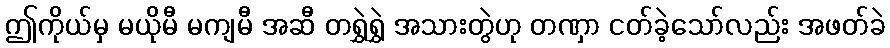
ဤကိုယ်မှ မယိုမီ မကျမီ အဆီ တရွှဲရွှဲ အသားတွဲဟု တဏှာ ငတ်ခဲ့သော်လည်း အဖတ်ခဲ